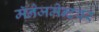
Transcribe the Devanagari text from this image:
मॅनेजमेन्टवर